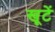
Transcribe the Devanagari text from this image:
खूटें